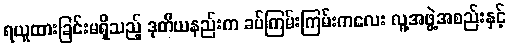
ရယူထားခြင်းမရှိသည့် ဒုတိယနည်းက ခပ်ကြမ်းကြမ်းကလေး လူ့အဖွဲ့အစည်းနှင့်